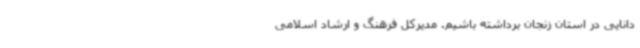
دانایی در استان زنجان برداشته ‌باشیم. مدیرکل فرهنگ و ارشاد اسلامی